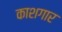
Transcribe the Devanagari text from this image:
काशगार